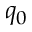
q _ { 0 }